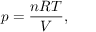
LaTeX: p = { \frac { n R T } { V } } ,